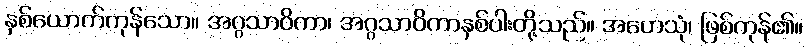
နှစ်ယောက်ကုန်သော။ အဂ္ဂသာဝိကာ၊ အဂ္ဂသာဝိကာနှစ်ပါးတို့သည်။ အဟေသုံ၊ ဖြစ်ကုန်၏။